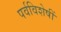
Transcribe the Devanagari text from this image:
पर्वविशेषीं